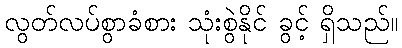
လွတ်လပ်စွာခံစား သုံးစွဲနိုင် ခွင့် ရှိသည်။